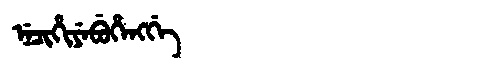
Manchu: ᠨᡝᠴᡳᡥᡳᠶᡝᠪᡠᡥᡝᠩᡤᡝ
Romanization: NECIHIYEBUHENGGE